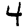
Digit: 4